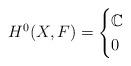
LaTeX: \begin{align*}H^0(X, F) = \begin{cases}\mathbb{C} & \\0 & \end{cases}\end{align*}